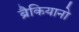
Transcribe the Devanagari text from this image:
ब्रैकियानो